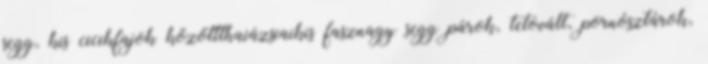
segg, kis cicikfajok közöttthaiázsiaikis fasznagy segg párok, tetovált, pornósztárok,